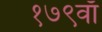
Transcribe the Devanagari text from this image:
१७९वाँ